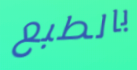
بالطبع